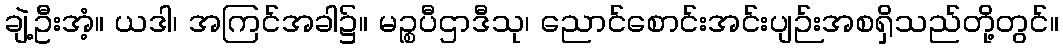
ချဲ့ဦးအံ့။ ယဒါ၊ အကြင်အခါ၌။ မဉ္စပီဌာဒီသု၊ ညောင်စောင်းအင်းပျဉ်းအစရှိသည်တို့တွင်။